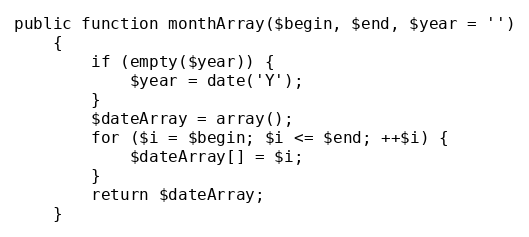
Language: PHP
public function monthArray($begin, $end, $year = '')
    {
        if (empty($year)) {
            $year = date('Y');
        }
        $dateArray = array();
        for ($i = $begin; $i <= $end; ++$i) {
            $dateArray[] = $i;
        }
        return $dateArray;
    }